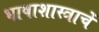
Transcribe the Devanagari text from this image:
भाषाशास्त्राचें